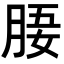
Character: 𣍲